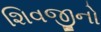
શિવજીનો